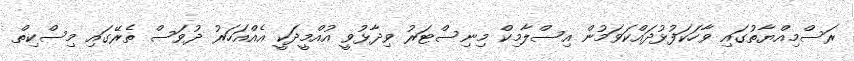
ރަސްމިއްޔާތުގައި ވާހަކަފުޅުދައްކަވަމުން އިސްލާމިކް މިނިސްޓަރު ވިދާޅުވީ އުއްމީދަކީ އެއްއަހަރު ދުވަސް ތެރޭގައި މިސްކިތް